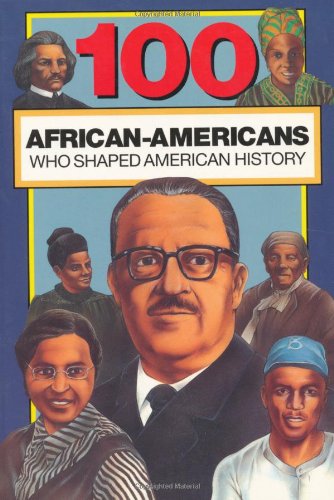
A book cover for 100 African-Americans Who Shaped American History (100 Series); Chrisanne Beckner; Teen & Young Adult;